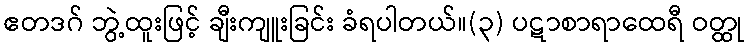
ဧတဒဂ် ဘွဲ့ထူးဖြင့် ချီးကျူးခြင်း ခံရပါတယ်။(၃) ပဋာစာရာထေရီ ဝတ္ထု